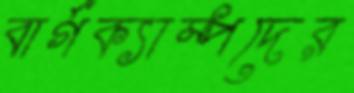
বার্গক্যাম্পদের